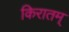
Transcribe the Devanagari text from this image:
किरातम्